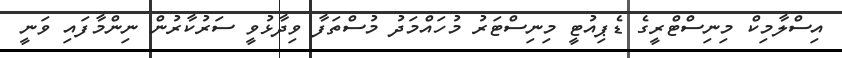
އިސްލާމިކް މިނިސްޓްރީގެ ޑެޕިއުޓީ މިނިސްޓަރު މުހައްމަދު މުސްތަފާ ވިދާޅުވީ ސަރުކާރުން ނިންމާފައި ވަނީ